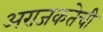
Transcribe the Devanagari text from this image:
अराजकतेची